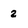
Character: 2